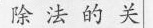
除法的关